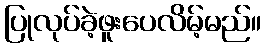
ပြုလုပ်ခဲ့ဖူးပေလိမ့်မည်။